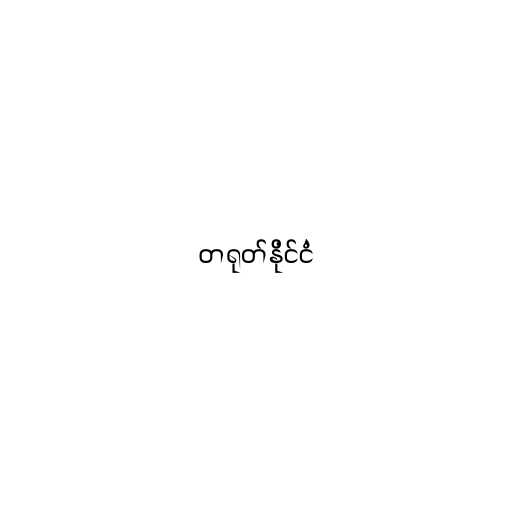
တရုတ်နိုင်ငံ